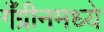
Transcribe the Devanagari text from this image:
गँग्रीनमध्ये